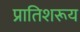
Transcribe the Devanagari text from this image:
प्रातिशरूय